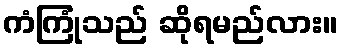
ကံကြုံသည် ဆိုရမည်လား။